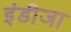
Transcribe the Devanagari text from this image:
इंडीजा